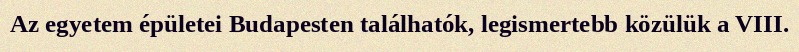
Az egyetem épületei Budapesten találhatók, legismertebb közülük a VIII.